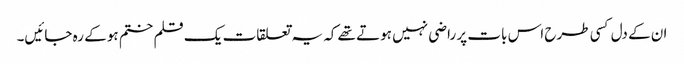
ان کے دل کسی طرح اس بات پر راضی نہیں ہوتے تھے کہ یہ تعلقات یک قلم ختم ہو کے رہ جائیں۔